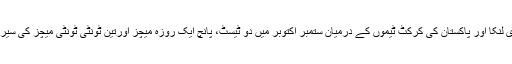
واضح رہے کہ سری لنکا اور پاکستان کی کرکٹ ٹیموں کے درمیان ستمبر اکتوبر میں دو ٹیسٹ، پانچ ایک روزہ میچز اورتین ٹونٹی ٹونٹی میچز کی سیریز کھیلی جائے گی۔